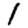
Digit: 1